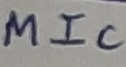
Text: MIC